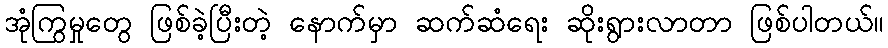
အုံကြွမှုတွေ ဖြစ်ခဲ့ပြီးတဲ့ နောက်မှာ ဆက်ဆံရေး ဆိုးရွားလာတာ ဖြစ်ပါတယ်။